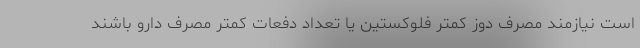
است نیازمند مصرف دوز کمتر فلوکستین یا تعداد دفعات کمتر مصرف دارو باشند